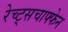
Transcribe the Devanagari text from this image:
रेच्ट्सचाफ्फेन